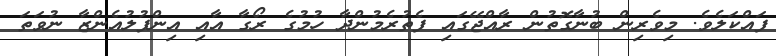
ފައްކަލެވެ. މިވެރިން ބުނާގޮތުން ރާއްޖޭގައި ފެތުރެމުންދާ ހުމުގެ ރޯގާ އާއި އިންފުލުއެންޒާ ނުވަތަ